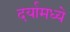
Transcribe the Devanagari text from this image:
दर्यामध्ये